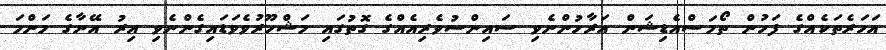
އަހަރެތަކެއްގެ ފަހުން ތޯމަސްއެޑިޝަން އަރާހުންނެވި ސައިންސުވެރިއެއްގެ ގޮތުގައި މަޝްހޫރުވެވަޑައިގެންނެވި އިރު އޭނާގެ މަންމަ